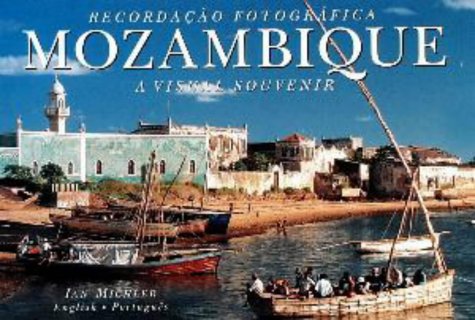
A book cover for Mozambique: A Visual Souvenir (Visual Souvenirs) (English and Portuguese Edition); Glynne Newlands; Travel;